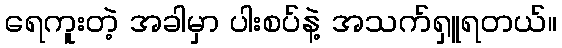
ရေကူးတဲ့ အခါမှာ ပါးစပ်နဲ့ အသက်ရှူရတယ်။